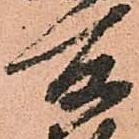
所